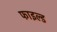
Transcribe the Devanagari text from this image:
फाइल्ड